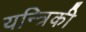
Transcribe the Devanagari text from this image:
यन्त्रिकी